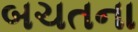
બચતના